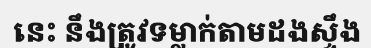
នេះ នឹងត្រូវទម្លាក់តាមដងស្ទឹង